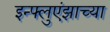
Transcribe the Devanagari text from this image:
इन्फ्लुएंझाच्या